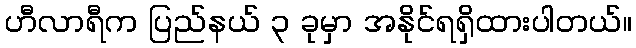
ဟီလာရီက ပြည်နယ် ၃ ခုမှာ အနိုင်ရရှိထားပါတယ်။